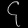
Digit: ၄